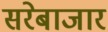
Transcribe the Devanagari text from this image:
सरेबाजार